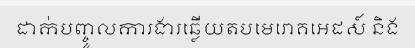
ដាក់បញ្ចូលការងារឆ្លើយតបមេរោគអេដស៍ និង